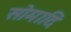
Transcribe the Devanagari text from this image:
सोमादि